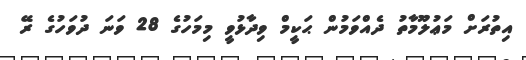
އިތުރަށް މަޢުލޫމާތު ދެއްވަމުން ޙަކީމް ވިދާޅުވީ މިމަހުގެ 28 ވަނަ ދުވަހުގެ ރޭ